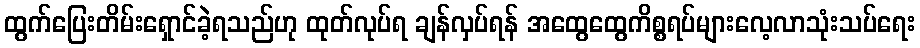
ထွက်ပြေးတိမ်းရှောင်ခဲ့ရသည်ဟု ထုတ်လုပ်ရ ချန်လှပ်ရန် အထွေထွေကိစ္စရပ်များလေ့လာသုံးသပ်ရေး